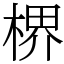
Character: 楐